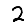
Digit: 2